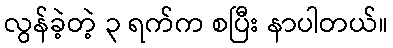
လွန်ခဲ့တဲ့ ၃ ရက်က စပြီး နာပါတယ်။